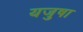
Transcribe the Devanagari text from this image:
यजुषा